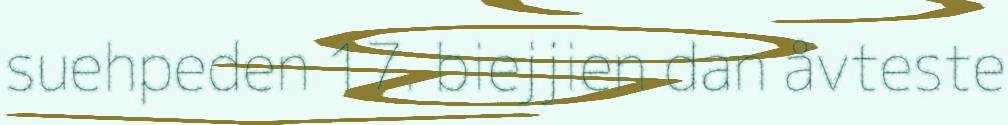
suehpeden 17. biejjien dan åvteste